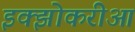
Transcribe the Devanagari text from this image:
इक्झोकरीआ